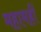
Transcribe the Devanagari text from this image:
महामहीं